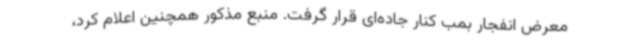
معرض انفجار بمب کنار جاده‌ای قرار گرفت. منبع مذکور همچنین اعلام کرد،